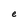
Character: e